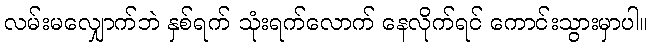
လမ်းမလျှောက်ဘဲ နှစ်ရက် သုံးရက်လောက် နေလိုက်ရင် ကောင်းသွားမှာပါ။